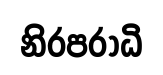
නිරපරාධි